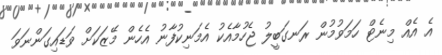
އެ އެއް މިނެޓް ހަމަވުމުން ރަނގަބީލު ޖެހުމާއެކު އެމަނިކުފާނު އެހެން މޭޒަކަށް ވަޑައިގަންނަވަ